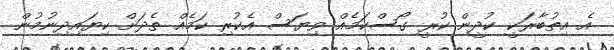
އެ އިތުބާރަކީ ކުދީން ކުރީ ގޯސްކަމެއް ވިޔަސް އެކުރި ކަމެއް ތެދަށް ކިޔައިދިނުމުން